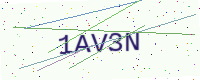
Text: 1AV3N